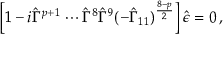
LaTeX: \left[ 1 - i \hat { \Gamma } ^ { p + 1 } \cdots \hat { \Gamma } ^ { 8 } \hat { \Gamma } ^ { 9 } ( - \hat { \Gamma } _ { 1 1 } ) ^ { \frac { 8 - p } { 2 } } \right] \hat { \epsilon } = 0 \, ,